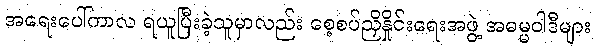
အရေးပေါ်ကာလ ရယူပြီးခဲ့သူမှာလည်း စေ့စပ်ညှိနှိုင်းရေးအဖွဲ့ အဓမ္မဝါဒီများ